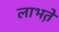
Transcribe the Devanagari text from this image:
लाभते़